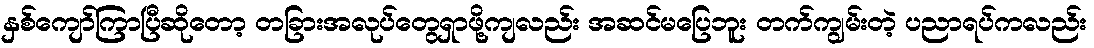
နှစ်ကျော်ကြာပြီဆိုတော့ တခြားအလုပ်တွေရှာဖို့ကျလည်း အဆင်မပြေဘူး တက်ကျွမ်းတဲ့ ပညာရပ်ကလည်း